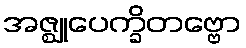
အဇ္ဈုပေက္ခိတဗ္ဗော